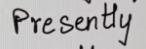
Presently